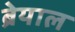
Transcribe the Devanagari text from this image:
ब्रेयाल